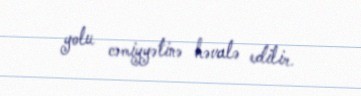
yolu cəmiyyətinə həvalə edilir.